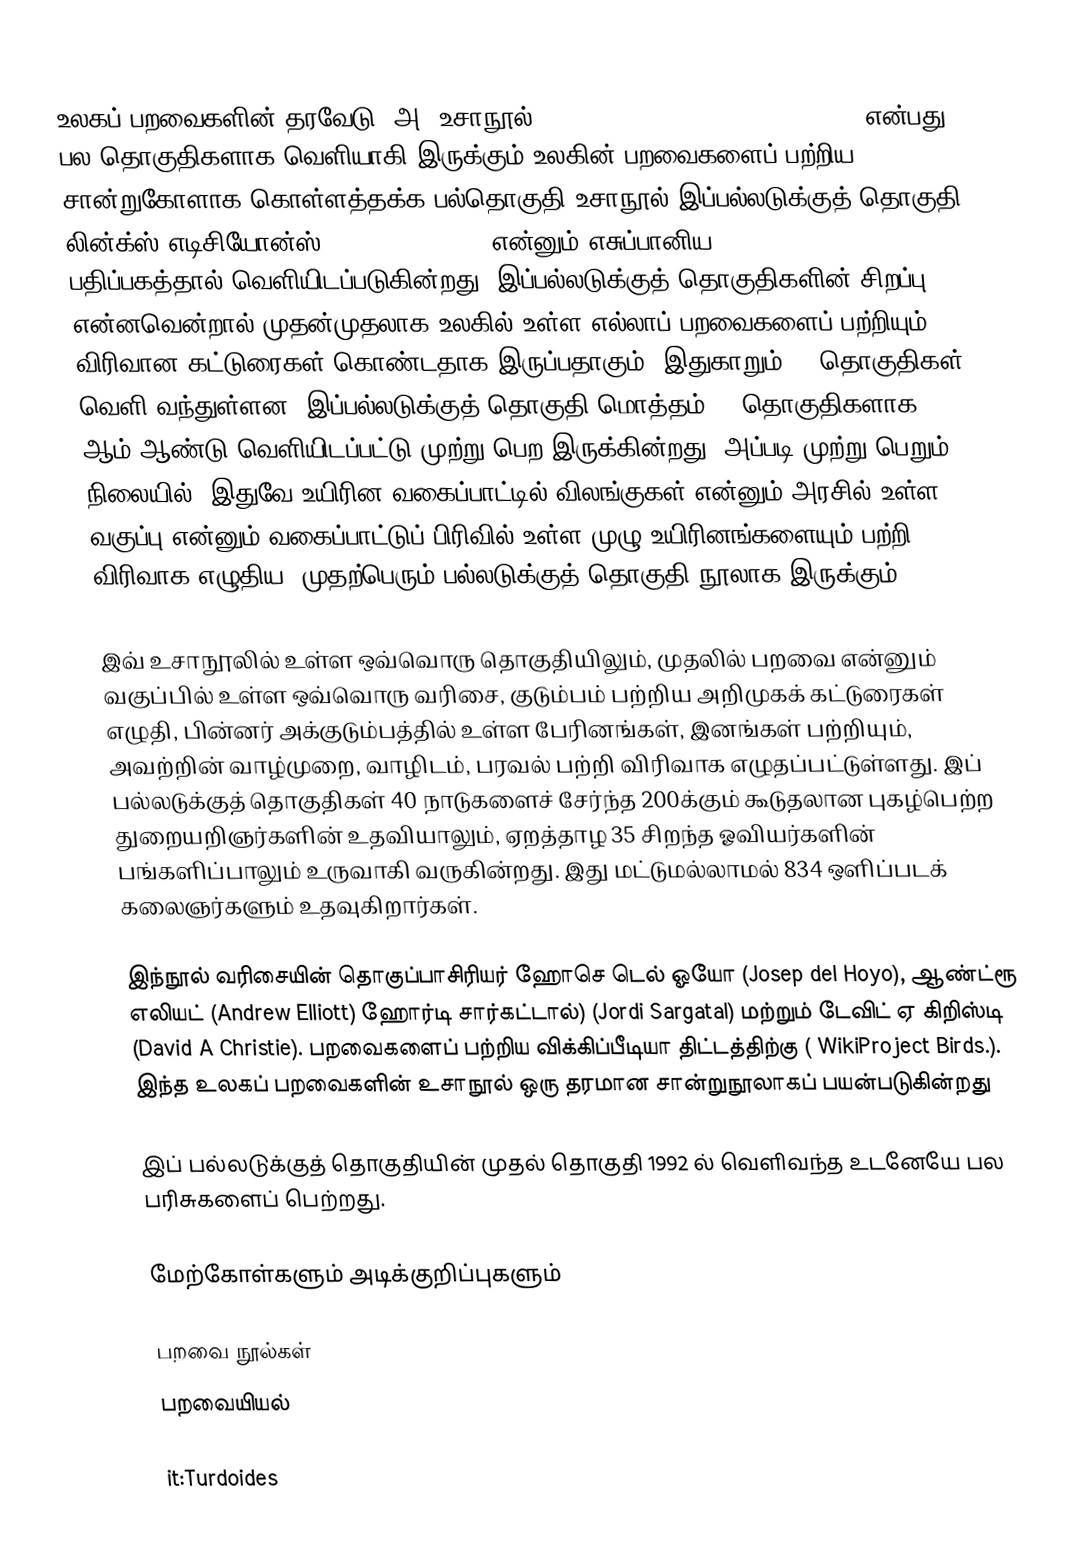
உலகப் பறவைகளின் தரவேடு (அ) உசாநூல் (Handbook of Birds of the World ) என்பது பல தொகுதிகளாக வெளியாகி இருக்கும் உலகின் பறவைகளைப் பற்றிய சான்றுகோளாக கொள்ளத்தக்க பல்தொகுதி உசாநூல் இப்பல்லடுக்குத் தொகுதி லின்க்ஸ் எடிசியோன்ஸ் (Lynx Edicions ) என்னும் எசுப்பானிய (Spanish) பதிப்பகத்தால் வெளியிடப்படுகின்றது. இப்பல்லடுக்குத் தொகுதிகளின் சிறப்பு என்னவென்றால் முதன்முதலாக உலகில் உள்ள எல்லாப் பறவைகளைப் பற்றியும் விரிவான கட்டுரைகள் கொண்டதாக இருப்பதாகும். இதுகாறும் 12 தொகுதிகள் வெளி வந்துள்ளன. இப்பல்லடுக்குத் தொகுதி மொத்தம் 16 தொகுதிகளாக 2011 ஆம் ஆண்டு வெளியிடப்பட்டு முற்று பெற இருக்கின்றது. அப்படி முற்று பெறும் நிலையில், இதுவே உயிரின வகைப்பாட்டில் விலங்குகள் என்னும் அரசில் உள்ள வகுப்பு என்னும் வகைப்பாட்டுப் பிரிவில் உள்ள முழு உயிரினங்களையும் பற்றி, விரிவாக எழுதிய, முதற்பெரும் பல்லடுக்குத் தொகுதி நூலாக இருக்கும்.

இவ் உசாநூலில் உள்ள ஒவ்வொரு தொகுதியிலும், முதலில் பறவை என்னும் வகுப்பில் உள்ள ஒவ்வொரு வரிசை, குடும்பம் பற்றிய அறிமுகக் கட்டுரைகள் எழுதி, பின்னர் அக்குடும்பத்தில் உள்ள பேரினங்கள், இனங்கள் பற்றியும், அவற்றின் வாழ்முறை, வாழிடம், பரவல் பற்றி விரிவாக எழுதப்பட்டுள்ளது. இப் பல்லடுக்குத் தொகுதிகள் 40 நாடுகளைச் சேர்ந்த 200க்கும் கூடுதலான புகழ்பெற்ற துறையறிஞர்களின் உதவியாலும், ஏறத்தாழ 35 சிறந்த ஓவியர்களின் பங்களிப்பாலும் உருவாகி வருகின்றது. இது மட்டுமல்லாமல் 834 ஒளிப்படக் கலைஞர்களும் உதவுகிறார்கள்.

இந்நூல் வரிசையின் தொகுப்பாசிரியர் ஹோசெ டெல் ஓயோ (Josep del Hoyo), ஆண்ட்ரூ எலியட் (Andrew Elliott) ஹோர்டி சார்கட்டால்) (Jordi Sargatal) மற்றும் டேவிட் ஏ கிறிஸ்டி (David A Christie). பறவைகளைப் பற்றிய விக்கிப்பீடியா திட்டத்திற்கு ( WikiProject Birds.). இந்த உலகப் பறவைகளின் உசாநூல் ஒரு தரமான சான்றுநூலாகப் பயன்படுகின்றது

இப் பல்லடுக்குத் தொகுதியின் முதல் தொகுதி 1992 ல் வெளிவந்த உடனேயே பல பரிசுகளைப் பெற்றது.

மேற்கோள்களும் அடிக்குறிப்புகளும்

பறவை நூல்கள்
பறவையியல்

it:Turdoides